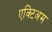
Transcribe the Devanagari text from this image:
एक्टिअम